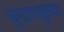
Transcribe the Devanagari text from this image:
बुऱ्हाणपूरच्या